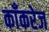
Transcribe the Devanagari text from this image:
काँकरेज